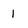
Character: 1